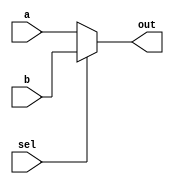
module top_module( 
    input a, b, sel,
    output out ); 

    assign out = sel == 1? b : a;
endmodule